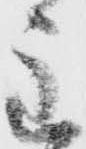
主